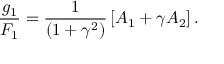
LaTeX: \frac { g _ { 1 } } { F _ { 1 } } = \frac { 1 } { ( 1 + \gamma ^ { 2 } ) } \left[ A _ { 1 } + \gamma A _ { 2 } \right] .